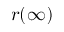
r ( \infty )